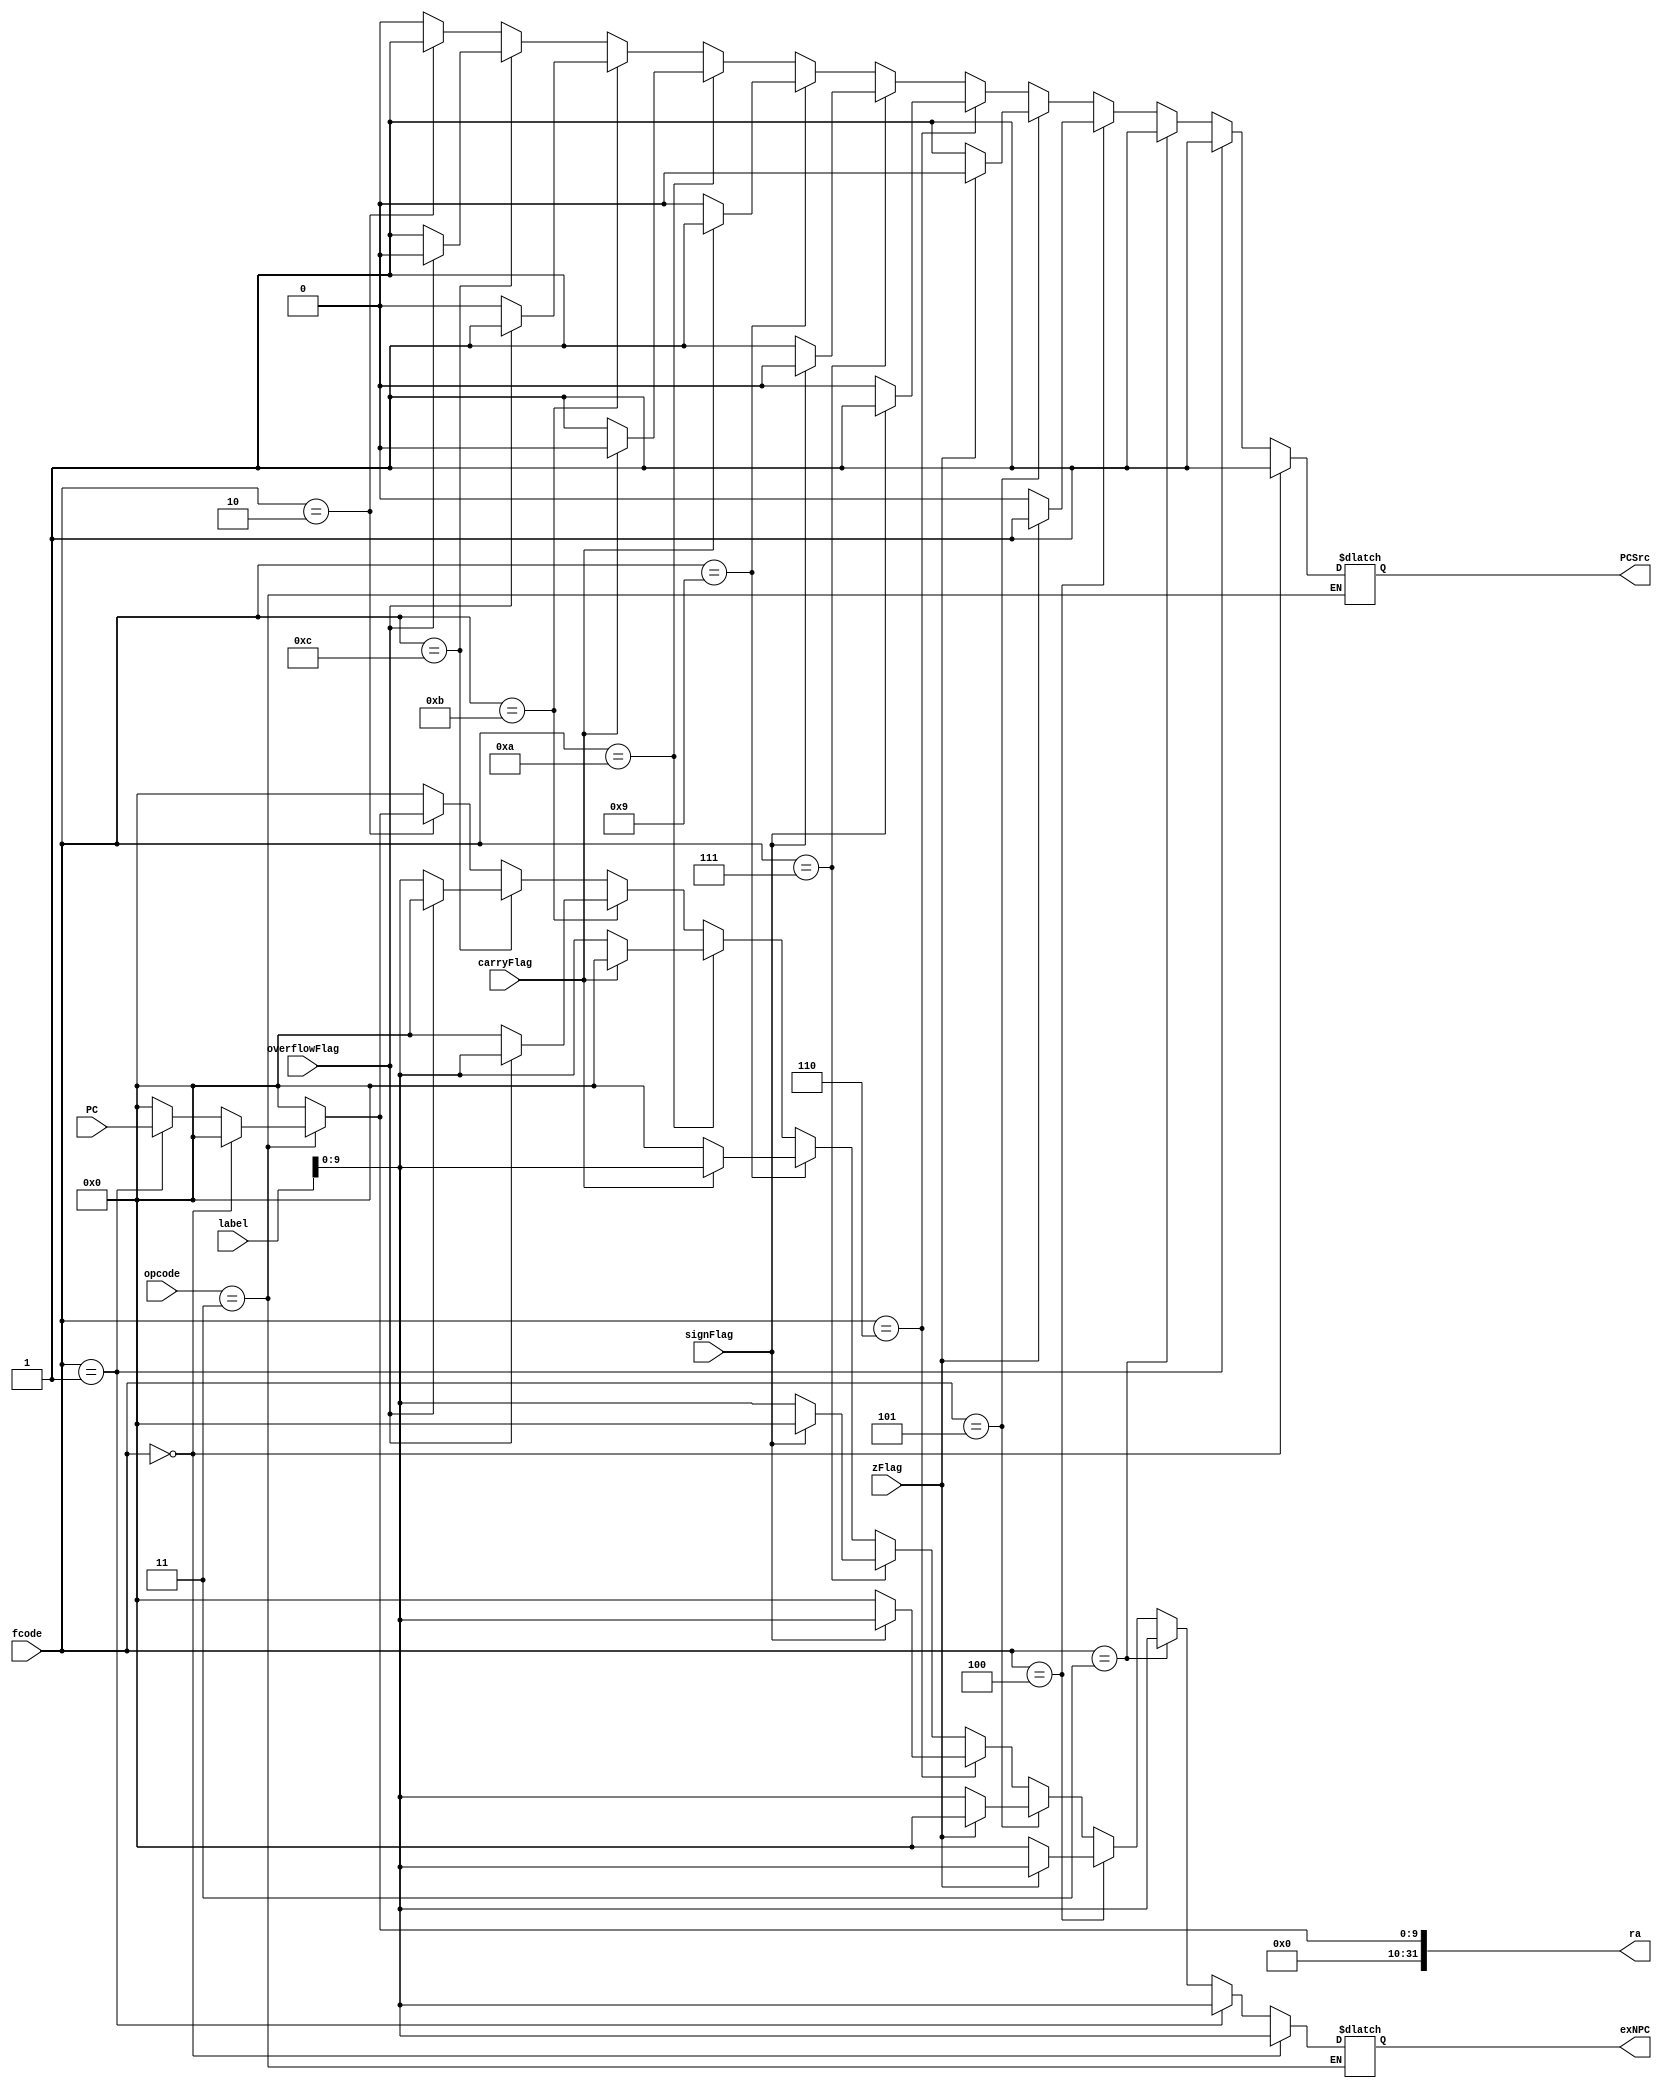
`timescale 1ns / 1ps
//////////////////////////////////////////////////////////////////////////////////
// Company: 
// Engineer: 
// 
// Design Name: 
// Module Name:    BranchL 
// Project Name: 
// Target Devices: 
// Tool versions: 
// Description: 
//
// Dependencies: 
//
// Revision: 
// Revision 0.01 - File Created
// Additional Comments: 
//
//////////////////////////////////////////////////////////////////////////////////
module BranchL(    input [1:0] opcode,
    input [3:0] fcode,
	 input [15:0] label,
    input carryFlag,
    input zFlag,
    input overflowFlag,
    input signFlag,
	 input [9:0] PC,
    output reg [9:0] exNPC,
	 output reg PCSrc,
	 output reg [31:0] ra
    );
	
initial begin
	exNPC<=0;
	PCSrc<=0;
	ra<=0;
	end
always @(opcode or fcode or label or carryFlag or zFlag or overflowFlag or signFlag)
	begin
	ra<=0;    //ra is 0 by default
		if(opcode==2'b11)     //if we are branching
			begin
				if(fcode==4'b0)
							begin       //b
								exNPC<=label[9:0];
								PCSrc<=1;
							end
				else if(fcode==4'b0001)
						  begin		//call
								exNPC<=label[9:0];
								PCSrc<=1;
								ra<=PC;   //Store the PC 
							end
				else if(fcode==4'b0011)
					begin            //br
						exNPC<=label[9:0];
						PCSrc<=1;
					end
				else if(fcode==4'b0100)
						  begin       //bz
								if(zFlag==1) 
									begin
										exNPC<=label[9:0];
										PCSrc<=1;
									end
								else 
									begin
									PCSrc<=0;
									exNPC<=0;
									end
							end
				else if(fcode==4'b0101)
						  begin		//bnz
								if(zFlag==0) 
									begin
										exNPC<=label[9:0];
										PCSrc<=1;
									end
								else 
									begin
									PCSrc<=0;
									exNPC<=0;
									end
							end
				else if(fcode==4'b0110)
						  begin		//bs
								if(signFlag==1) 
									begin
										exNPC<=label[9:0];
										PCSrc<=1;
									end
								else 
									begin
									PCSrc<=0;
									exNPC<=0;
									end
							end
				else if(fcode==4'b0111)
						  begin	//bns
								if(signFlag==0) 
									begin
										exNPC<=label[9:0];
										PCSrc<=1;
									end
								else 
									begin
									PCSrc<=0;
									exNPC<=0;
									end
							end
				else if(fcode==4'b1001)
						  begin		//bcy
								if(carryFlag==1) 
									begin
										exNPC<=label[9:0];
										PCSrc<=1;
									end
								else 
									begin
									PCSrc<=0;
									exNPC<=0;
									end
							end
				else if(fcode==4'b1010)
						  begin		//bncy
								if(carryFlag==0) 
									begin
										exNPC<=label[9:0];
										PCSrc<=1;
									end
								else 
									begin
									PCSrc<=0;
									exNPC<=0;
									end
							end
				else if(fcode==4'b1011)
						  begin	//bv
								if(overflowFlag==1) 
									begin
										exNPC<=label[9:0];
										PCSrc<=1;
									end
								else 
									begin
									PCSrc<=0;
									exNPC<=0;
									end
							end
				else if(fcode==4'b1100)
						  begin	//bnv
								if(overflowFlag==0) 
									begin
										exNPC<=label[9:0];
										PCSrc<=1;
									end
								else 
									begin
									PCSrc<=0;
									exNPC<=0;
									end
							end
				else if(fcode==4'b0010)
						  begin //return
								exNPC<=ra[9:0];
								PCSrc<=1;
							end
				else
							begin //default case
								PCSrc<=0;
								exNPC<=0;
							end
			end		
		end
endmodule